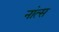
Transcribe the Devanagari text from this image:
नांत्स